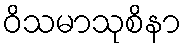
ဝိသမာသုစိနာ